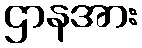
ဌာနအား